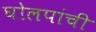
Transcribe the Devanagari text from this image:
घोलपांची